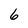
Character: 6